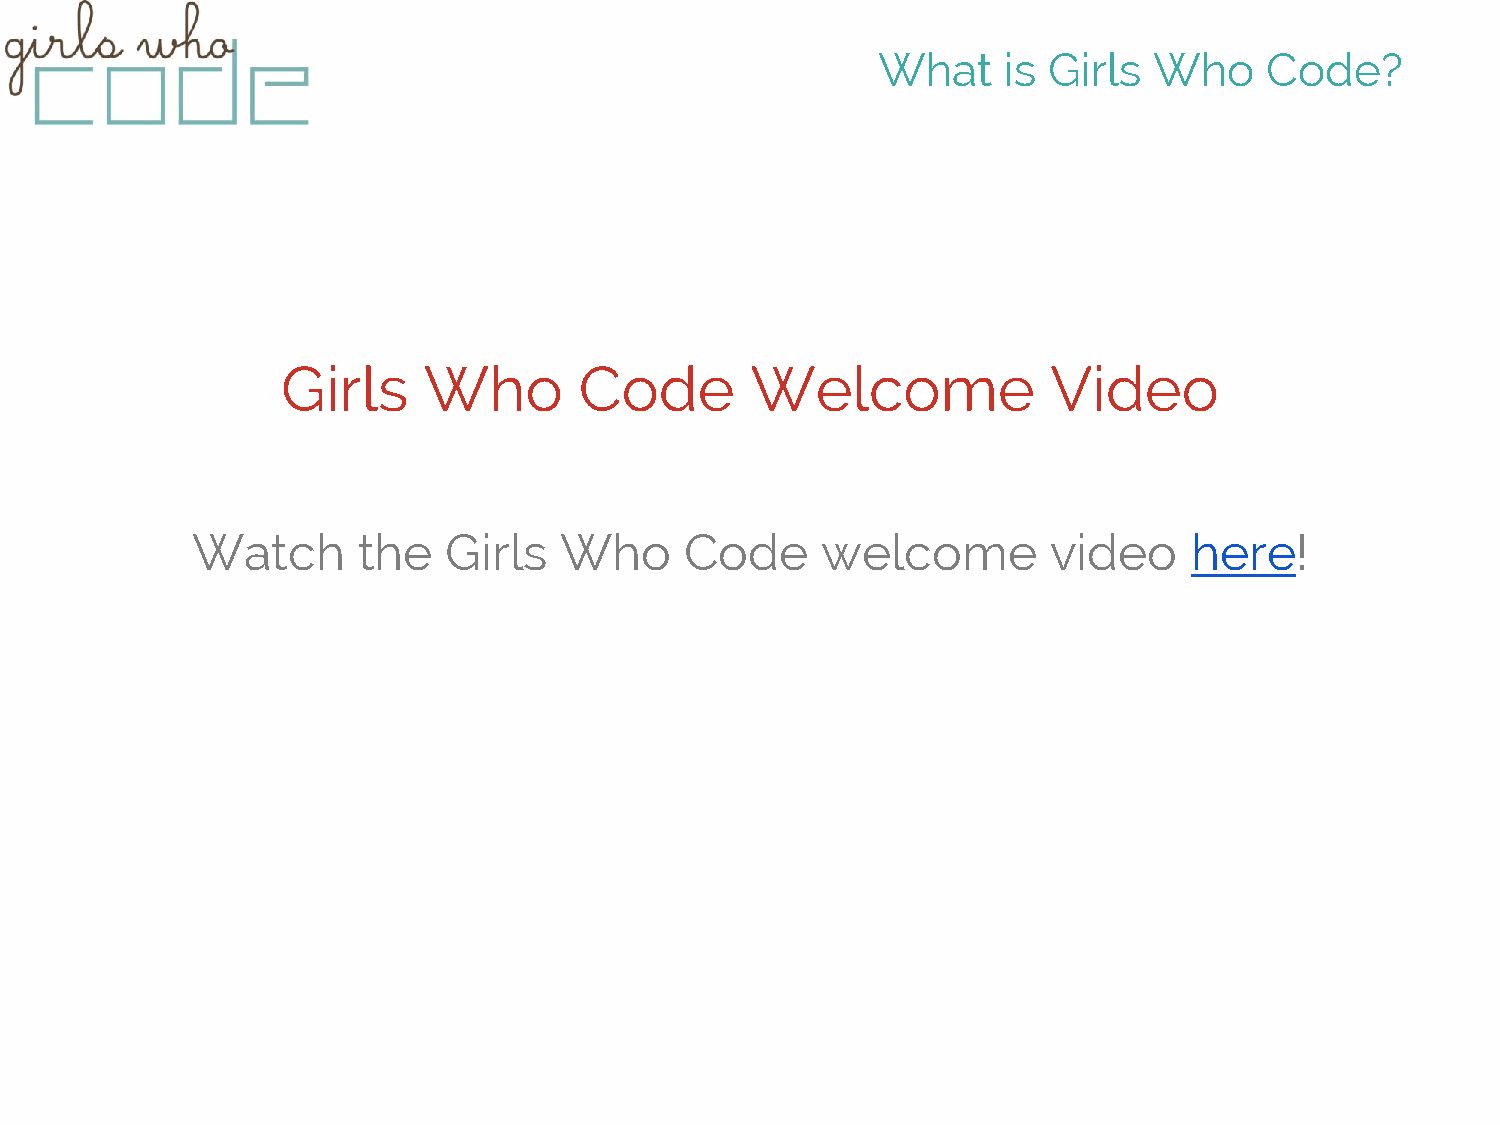
What    is Girls  Who     Code?
 Girls    Who       Code        Welcome             Video
 Watch      the   Girls  Who     Code     welcome         video    here!